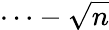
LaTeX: \cdots-\sqrt{n}